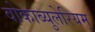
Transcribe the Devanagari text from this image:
वोकाब्युलेरियम्